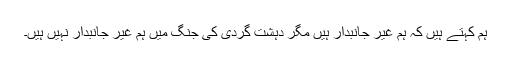
ہم کہتے ہیں کہ ہم غیر جانبدار ہیں مگر دہشت گردی کی جنگ میں ہم غیر جانبدار نہیں ہیں۔